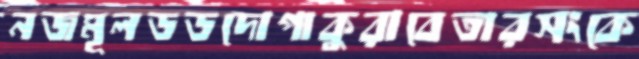
নজমূলডডদোপাকুরাবেতারসংকে